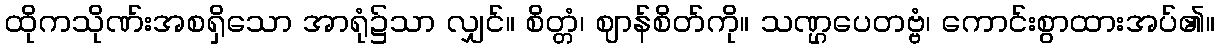
ထိုကသိုဏ်းအစရှိသော အာရုံ၌သာ လျှင်။ စိတ္တံ၊ ဈာန်စိတ်ကို။ သဏ္ဌပေတဗ္ဗံ၊ ကောင်းစွာထားအပ်၏။